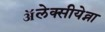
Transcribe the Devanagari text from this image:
ॲलेक्सीयेव्ना